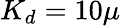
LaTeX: K_{d}=10\mu